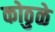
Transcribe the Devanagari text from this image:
कोठुळे